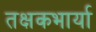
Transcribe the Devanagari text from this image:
तक्षकभार्या